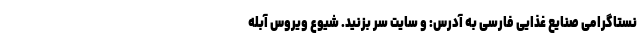
نستاگرامی صنایع غذایی فارسی به آدرس: و سایت سر بزنید. شیوع ویروس آبله